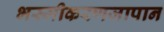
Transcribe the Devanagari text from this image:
भस्मीकरणजापान